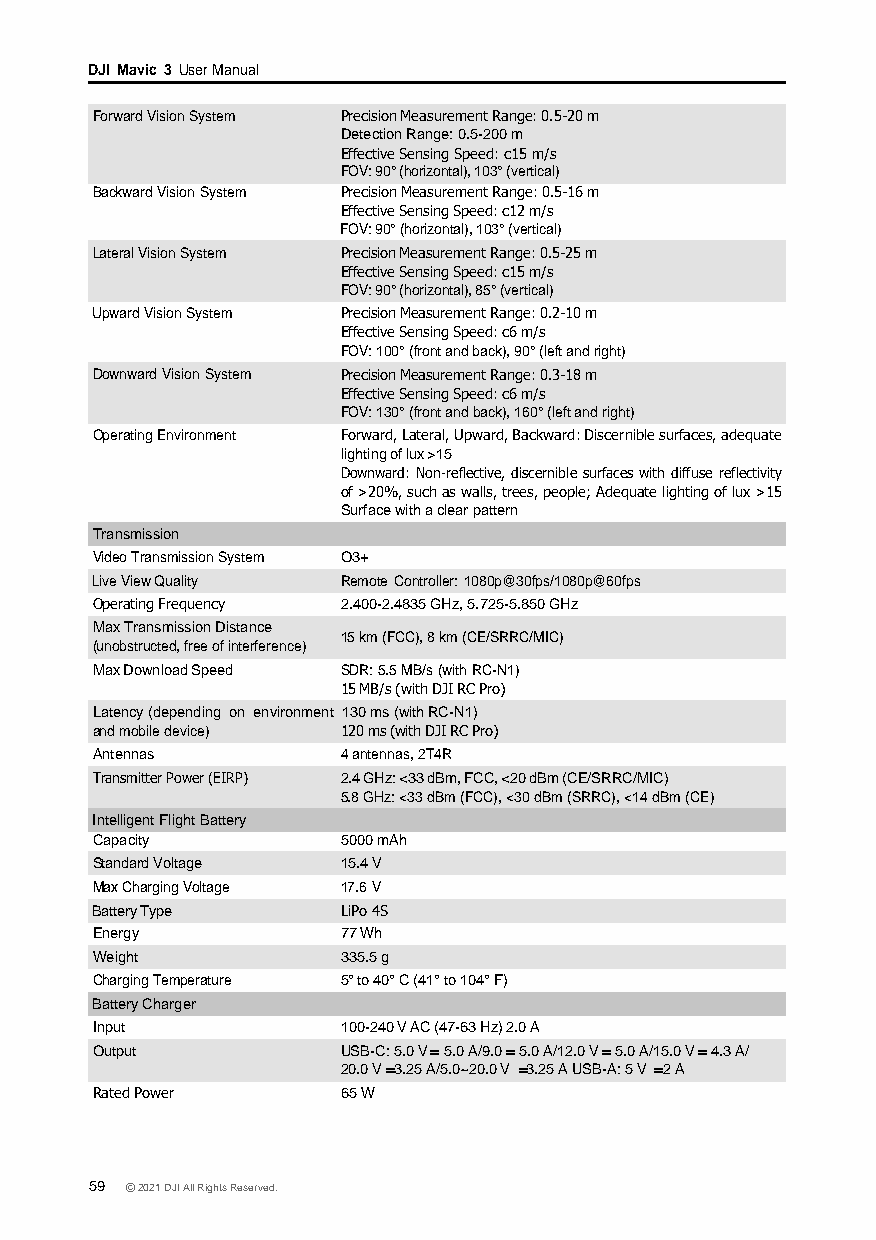
DJI Mavic 3 User Manual
 Forward Vision System PrecisionMeasurement Range:0.5-20m
 Detection Range: 0.5-200 m
 Effective Sensing Speed: c15 m/s
 FOV: 90° (horizontal), 103° (vertical)
 Backward Vision System Precision Measurement Range: 0.5-16 m
 Effective Sensing Speed: c12 m/s
 FOV: 90° (horizontal), 103° (vertical)
 Lateral Vision System Precision Measurement Range: 0.5-25 m
 Effective Sensing Speed: c15 m/s
 FOV: 90° (horizontal), 85° (vertical)
 Upward Vision System Precision Measurement Range: 0.2-10 m
 Effective Sensing Speed: c6 m/s
 FOV: 100° (front and back), 90° (left and right)
 Downward Vision System Precision Measurement Range: 0.3-18 m
 Effective Sensing Speed: c6 m/s
 FOV: 130° (front and back), 160° (left and right)
 Operating Environment Forward, Lateral, Upward, Backward: Discernible surfaces, adequate
 lighting of lux >15
 Downward: Non-reflective, discernible surfaces with diffuse reflectivity
 of >20%, such as walls, trees, people; Adequate lighting of lux >15
 Surface with a clear pattern
 Transmission
 Video Transmission System O3+
 Live View Quality Remote Controller: 1080p@30fps/1080p@60fps
 Operating Frequency 2.400-2.4835 GHz, 5.725-5.850 GHz
 Max Transmission Distance
 15 km (FCC), 8 km (CE/SRRC/MIC)
 (unobstructed, free of interference)
 Max Download Speed SDR: 5.5 MB/s (with RC-N1)
 15 MB/s (with DJI RC Pro)
 Latency (depending on environment 130 ms (with RC-N1)
 and mobile device) 120 ms (with DJI RC Pro)
 Antennas         4 antennas, 2T4R
 Transmitter Power (EIRP) 2.4 GHz: <33 dBm, FCC, <20 dBm (CE/SRRC/MIC)
 5.8 GHz: <33 dBm (FCC), <30 dBm (SRRC), <14 dBm (CE)
 Intelligent Flight Battery
 Capacity         5000 mAh
 Standard Voltage 15.4 V
 Max Charging Voltage 17.6 V
 Battery Type     LiPo 4S
 Energy           77 Wh
 Weight           335.5 g
 Charging Temperature 5° to 40° C (41° to 104° F)
 Battery Charger
 Input            100-240 V AC (47-63 Hz) 2.0 A
 Output           USB-C: 5.0 V 5.0 A/9.0 5.0 A/12.0 V 5.0 A/15.0 V 4.3 A/
 20.0 V 3.25 A/5.0~20.0 V 3.25 A USB-A: 5 V 2 A
 Rated Power      65 W
 59 © 2021 DJI All Rights Reserved.